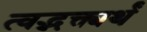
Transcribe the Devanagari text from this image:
त्वद्भक्त्यर्थं